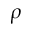
\rho